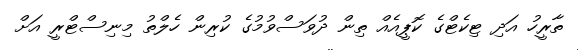
ތާރީހު އަދި ޓިކެޓްގެ ކޮޕީއެއް ތިން ދުވަސްވުމުގެ ކުރިން ހެލްތު މިނިސްޓްރީ އަށް